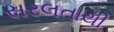
સરલતાથી